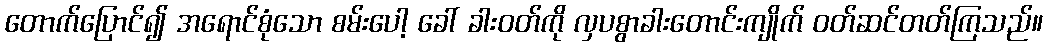
တောက်ပြောင်၍ အရောင်စုံသော စမ်းပေါ့ ခေါ် ခါးဝတ်ကို လှပစွာခါးတောင်းကျိုက် ဝတ်ဆင်တတ်ကြသည်။